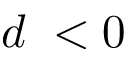
d \digamma < 0